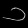
Digit: ၁